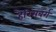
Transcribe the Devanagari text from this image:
हैरिसबर्ग